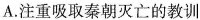
A. 注重吸取秦朝灭亡的教训